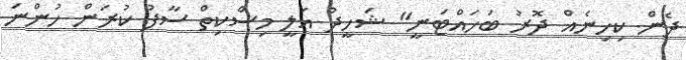
ދެން ކިހިނެއް ދޮރު ބަހައްޓަނީ" ޝަހީދު އަލީ މިސްކިތް ސާފު ކުރަން ހުންނަ